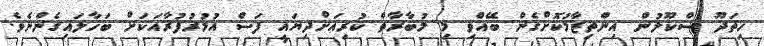
ހިތަދޫ ސްކޫލުން އިންތިޒާމުކޮށްގެން ބޭއްވި މި މުބާރާތް ކުރިއަށްދިޔައީ ފަސް އުމުރުފުރާއަކަށް ބަހާލައިގެންނެވެ.